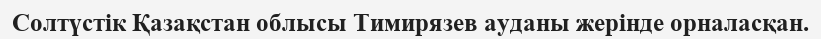
Солтүстік Қазақстан облысы Тимирязев ауданы жерінде орналасқан.